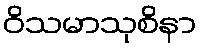
ဝိသမာသုစိနာ